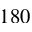
1 8 0